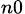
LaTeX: _{n0}